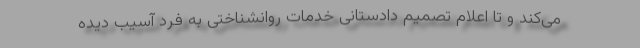
می‌کند و تا اعلام تصمیم دادستانی خدمات روانشناختی به فرد آسیب دیده